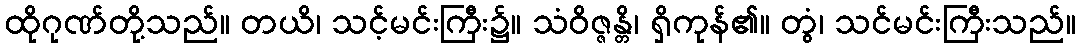
ထိုဂုဏ်တို့သည်။ တယိ၊ သင့်မင်းကြီး၌။ သံဝိဇ္ဇန္တိ၊ ရှိကုန်၏။ တွံ၊ သင်မင်းကြီးသည်။